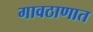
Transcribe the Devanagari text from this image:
गावठाणात